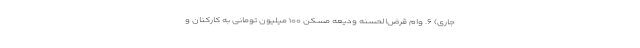
جاری) ۶. وام قرض‌الحسنه ودیعه مسکن ۱۰۰ میلیون تومانی به کارکنان و